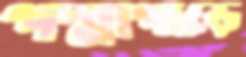
পদ্মাপাড়ে